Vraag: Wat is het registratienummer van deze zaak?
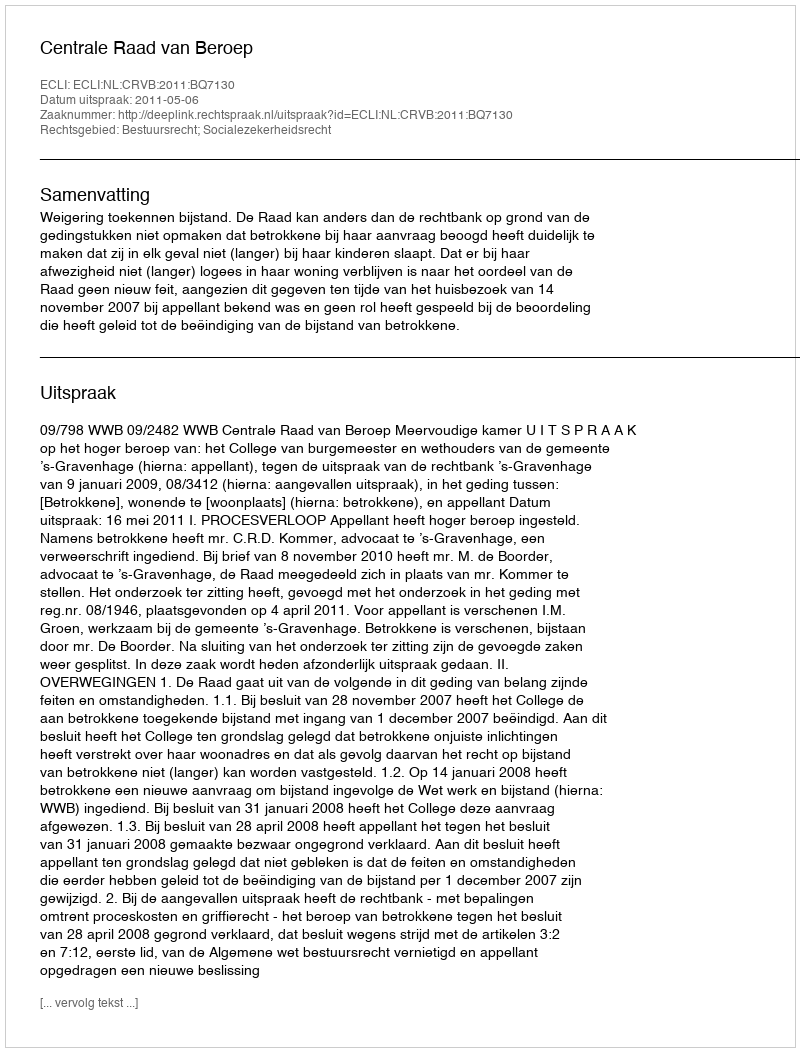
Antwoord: http://deeplink.rechtspraak.nl/uitspraak?id=ECLI:NL:CRVB:2011:BQ7130